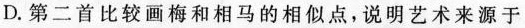
D.第二首比较画梅和相马的相似点，说明艺术来源于